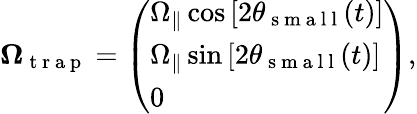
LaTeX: \boldsymbol{\Omega}_{\mathrm{~t~r~a~p~}}=\left(\begin{array}{l}{\Omega_{\parallel}\cos{[2\theta_{\mathrm{~s~m~a~l~l~}}(t)]}}\\ {\Omega_{\parallel}\sin{[2\theta_{\mathrm{~s~m~a~l~l~}}(t)]}}\\ {0}\end{array}\right),